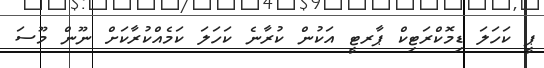
ޕީ ކަހަލަ ޑިމޮކްރަޓިކް ޕާރޓީ އަކުން ކުރާނެ ކަހަލަ ކަމެއްކުރާކަށް ނޫން މޫސަ